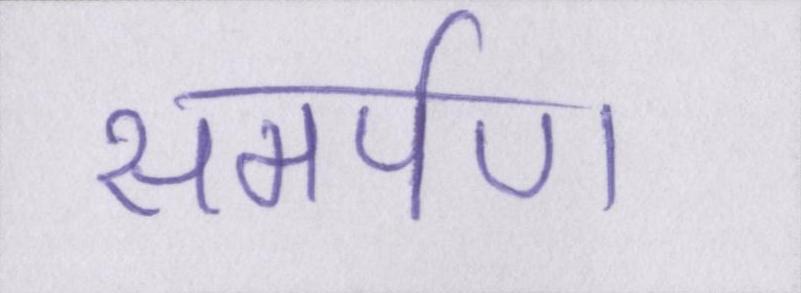
समर्पण